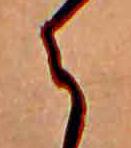
ら